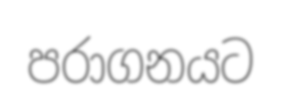
පරාගනයට